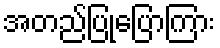
အတည်ပြုပြောကြား